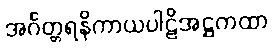
အင်္ဂတ္တရနိကာယပါဠိအဋ္ဌကထာ